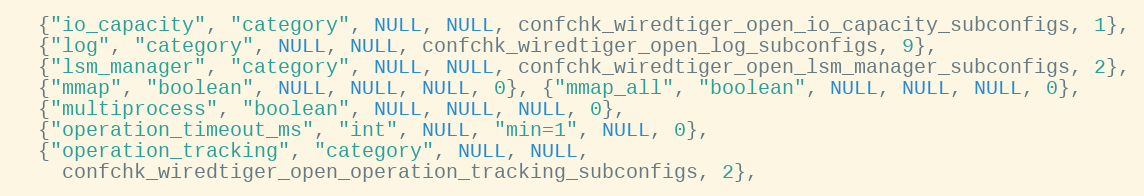
Language: C
  {"io_capacity", "category", NULL, NULL, confchk_wiredtiger_open_io_capacity_subconfigs, 1},
  {"log", "category", NULL, NULL, confchk_wiredtiger_open_log_subconfigs, 9},
  {"lsm_manager", "category", NULL, NULL, confchk_wiredtiger_open_lsm_manager_subconfigs, 2},
  {"mmap", "boolean", NULL, NULL, NULL, 0}, {"mmap_all", "boolean", NULL, NULL, NULL, 0},
  {"multiprocess", "boolean", NULL, NULL, NULL, 0},
  {"operation_timeout_ms", "int", NULL, "min=1", NULL, 0},
  {"operation_tracking", "category", NULL, NULL,
    confchk_wiredtiger_open_operation_tracking_subconfigs, 2},